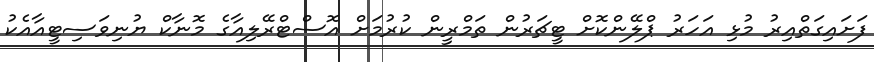
ފަށައިގަތްއިރު މުޅި އަހަރު ޕްލޭންކޮށް ޓީޗަރުން ތަމްރީން ކުރުމަށް އޮސްޓްރޭލިއާގެ މޮނާކް ޔުނިވަސިޓީއާއެކު